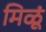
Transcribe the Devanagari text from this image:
मिळूं